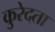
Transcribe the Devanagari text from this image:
कुरेदता